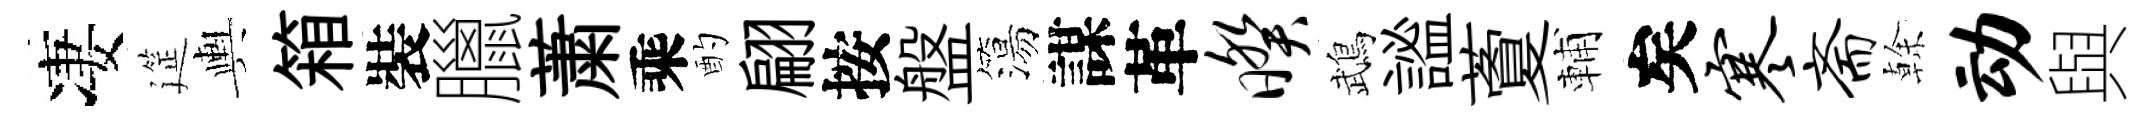
凄筵輿箱裝臘䔥乘酌翩按盤簜謀革暌鵡謐藑輔矣寒斋𠏉动與